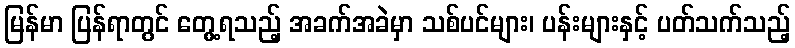
မြန်မာ ပြန်ရာတွင် တွေ့ရသည့် အခက်အခဲမှာ သစ်ပင်များ၊ ပန်းများနှင့် ပတ်သက်သည့်